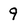
Character: 9